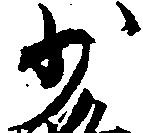
少